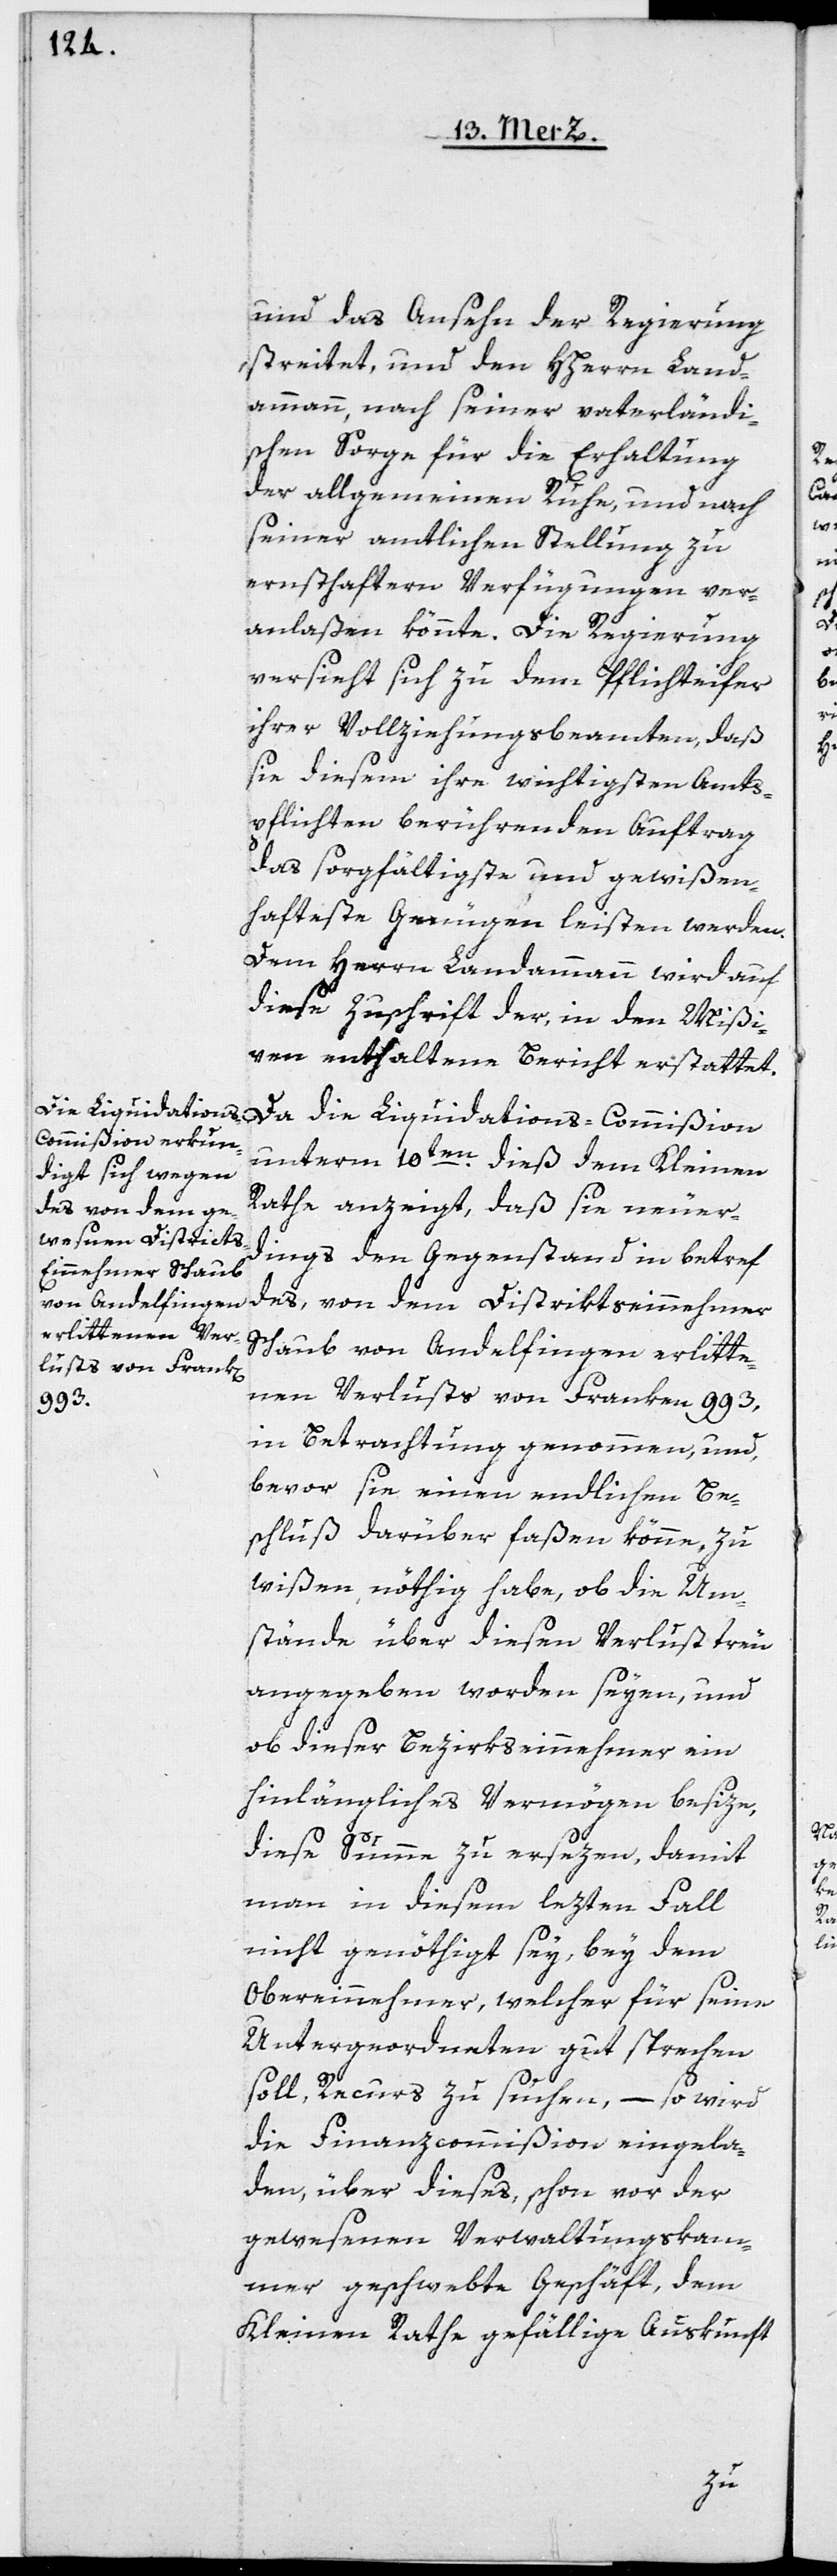
und das Ansehen der Regierung
streitet, und den HHerrn Land¬
ammann, nach seiner vaterländi¬
schen Sorge für die Erhaltung
der allgemeinen Ruhe, und nach
seiner amtlichen Stellung zu
ernsthaftern Verfügungen ver¬
anlaßen könnte. Die Regierung
versieht sich zu dem Pflichteifer
ihrer Vollziehungsbeamten, daß
sie diesem ihre wichtigsten Amts¬
pflichten berührenden Auftrag
das sorgfältigste und gewißen¬
hafteste Genügen leisten werden.
Dem Herrn Landammann wird auf
diese Zuschrift der, in den Mißi¬
ven enthaltene Bericht erstattet.
Da die Liquidations-Commißion
unterm 10ten dieß dem Kleinen
Rathe anzeigt, daß sie neuer¬
dings den Gegenstand in betreff
des, von dem Distriktseinnehmer
Schaub von Andelfingen erlitte¬
nen Verlusts von Franken 993
in Betrachtung genommen, und,
bevor sie einen endlichen Be¬
schluß darüber faßen könne, zu
wißen nöthig habe, ob die Um¬
stände über diesen Verlust treu
angegeben worden seyen, und
ob dieser Bezirkseinnehmer ein
hinlängliches Vermögen besize,
diese Summe zu ersezen, damit
man in diesem lezten Fall
nicht genöthigt sey, bey dem
Obereinnehmer, welcher für seine
Untergeordneten gut sprechen
soll, Recurs zu suchen, – so wird
die Finanzcommißion eingela¬
den, über dieses, schon vor der
gewesenen Verwaltungskam¬
mer geschwebte Geschäft, dem
Kleinen Rathe gefällige Auskunft